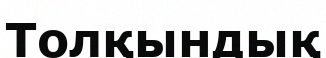
Толқындық